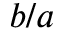
b / a